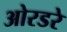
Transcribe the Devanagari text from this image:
ओरडरे